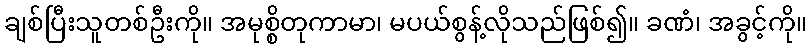
ချစ်ပြီးသူတစ်ဦးကို။ အမုစ္စိတုကာမာ၊ မပယ်စွန့်လိုသည်ဖြစ်၍။ ခဏံ၊ အခွင့်ကို။